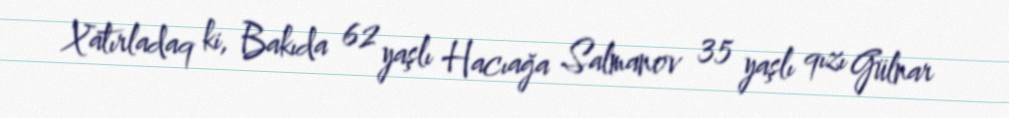
Xatırladaq ki, Bakıda 62 yaşlı Hacıağa Salmanov 35 yaşlı qızı Gülnar